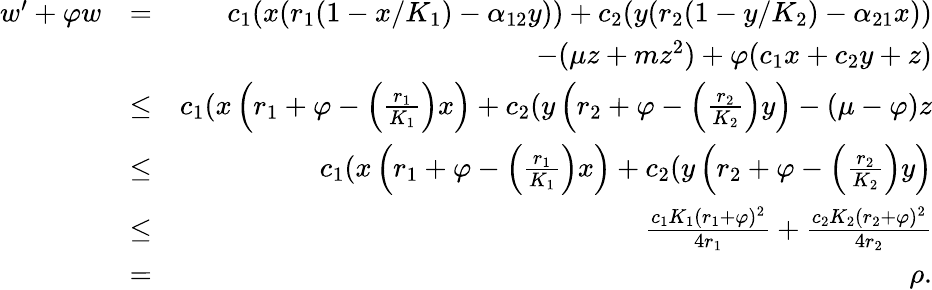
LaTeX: \begin{array}{rlr}{w^{\prime}+\varphi w}&{=}&{c_{1}(x(r_{1}(1-x/K_{1})-\alpha_{12}y))+c_{2}(y(r_{2}(1-y/K_{2})-\alpha_{21}x))}\\ &{}&{-(\mu z+mz^{2})+\varphi(c_{1}x+c_{2}y+z)}\\ &{\leq}&{c_{1}(x\left(r_{1}+\varphi-\left(\frac{r_{1}}{K_{1}}\right)x\right)+c_{2}(y\left(r_{2}+\varphi-\left(\frac{r_{2}}{K_{2}}\right)y\right)-(\mu-\varphi)z}\\ &{\leq}&{c_{1}(x\left(r_{1}+\varphi-\left(\frac{r_{1}}{K_{1}}\right)x\right)+c_{2}(y\left(r_{2}+\varphi-\left(\frac{r_{2}}{K_{2}}\right)y\right)}\\ &{\leq}&{\frac{c_{1}K_{1}(r_{1}+\varphi)^{2}}{4r_{1}}+\frac{c_{2}K_{2}(r_{2}+\varphi)^{2}}{4r_{2}}}\\ &{=}&{\rho.}\end{array}